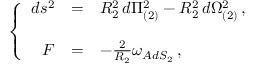
\left\{ \begin{array} { r c l } { { d s ^ { 2 } } } & { { = } } & { { R _ { 2 } ^ { 2 } \, d \Pi _ { ( 2 ) } ^ { 2 } - R _ { 2 } ^ { 2 } \, d \Omega _ { ( 2 ) } ^ { 2 } \, , } } \\ { { } } & { { } } & { { } } \\ { { F } } & { { = } } & { { - \frac { 2 } { R _ { 2 } } \omega _ { A d S _ { 2 } } \, , } } \end{array} \right.